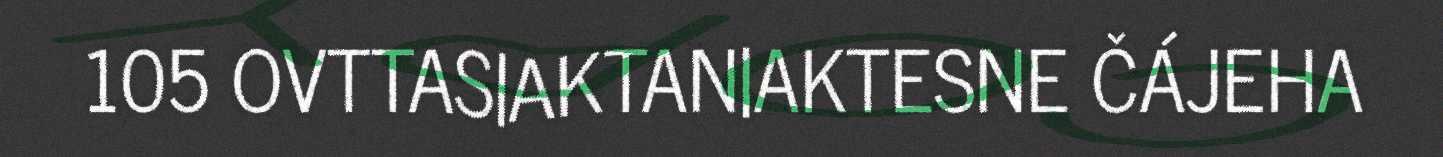
105 OVTTAS|AKTAN|AKTESNE ČÁJEHA